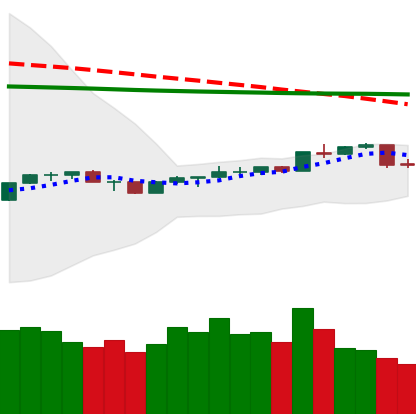
Ticker: NEO-USD
Chart end date: 2020-04-11
Forward return: 4.564%
Label: up_3_5